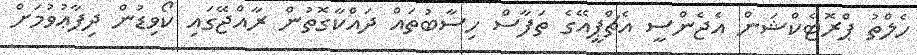
ހެލްތު ޕްރޮޓެކްޝަން އެޖެންސީ އެޗްޕީއޭގެ ތަފާސް ހިސާބުތައް ދައްކާގޮތުން ރާއްޖޭގައި ކޯވިޑުން ދިފާޢުވުމަށް